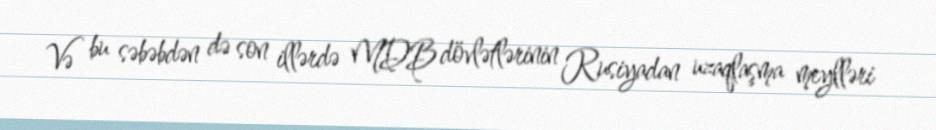
Və bu səbəbdən də son illərdə MDB dövlətlərinin Rusiyadan uzaqlaşma meylləri